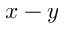
x - y